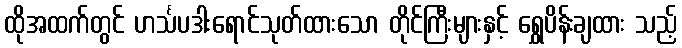
ထိုအထက်တွင် ဟင်္သပဒါးရောင်သုတ်ထားသော တိုင်ကြီးများနှင့် ရွှေပိန်းချထား သည့်